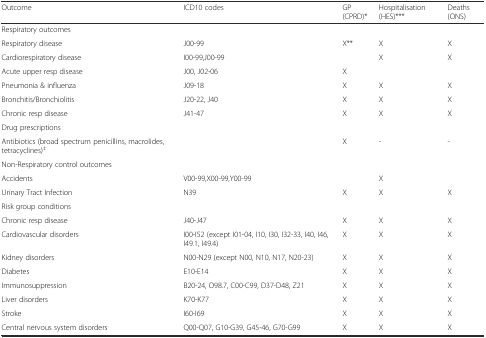
<table><thead><tr><td><b>Outcome</b></td><td><b>ICD10 codes</b></td><td><b>GP (CPRD)*</b></td><td><b>Hospitalisation (HES)***</b></td><td><b>Deaths (ONS)</b></td></tr></thead><tbody><tr><td colspan="5">Respiratory outcomes</td></tr><tr><td>Respiratory disease</td><td>J00-99</td><td>X**</td><td>X</td><td>X</td></tr><tr><td>Cardiorespiratory disease</td><td>I00-99,J00-99</td><td></td><td>X</td><td>X</td></tr><tr><td>Acute upper resp disease</td><td>J00, J02-06</td><td>X</td><td></td><td></td></tr><tr><td>Pneumonia &amp; influenza</td><td>J09-18</td><td>X</td><td>X</td><td>X</td></tr><tr><td>Bronchitis/Bronchiolitis</td><td>J20-22, J40</td><td>X</td><td>X</td><td>X</td></tr><tr><td>Chronic resp disease</td><td>J41-47</td><td>X</td><td>X</td><td>X</td></tr><tr><td colspan="5">Drug prescriptions</td></tr><tr><td>Antibiotics (broad spectrum penicillins, macrolides, tetracyclines)<sup>‡</sup></td><td></td><td>X</td><td>-</td><td>-</td></tr><tr><td colspan="5">Non-Respiratory control outcomes</td></tr><tr><td>Accidents</td><td>V00-99,X00-99,Y00-99</td><td></td><td>X</td><td></td></tr><tr><td>Urinary Tract Infection</td><td>N39</td><td>X</td><td>X</td><td>X</td></tr><tr><td colspan="5">Risk group conditions</td></tr><tr><td>Chronic resp disease</td><td>J40-J47</td><td>X</td><td>X</td><td>X</td></tr><tr><td>Cardiovascular disorders</td><td>I00-I52 (except I01-04, I10, I30, I32-33, I40, I46, I49.1, I49.4)</td><td>X</td><td>X</td><td>X</td></tr><tr><td>Kidney disorders</td><td>N00-N29 (except N00, N10, N17, N20-23)</td><td>X</td><td>X</td><td>X</td></tr><tr><td>Diabetes</td><td>E10-E14</td><td>X</td><td>X</td><td>X</td></tr><tr><td>Immunosuppression</td><td>B20-24, O98.7, C00-C99, D37-D48, Z21</td><td>X</td><td>X</td><td>X</td></tr><tr><td>Liver disorders</td><td>K70-K77</td><td>X</td><td>X</td><td>X</td></tr><tr><td>Stroke</td><td>I60-I69</td><td>X</td><td>X</td><td>X</td></tr><tr><td>Central nervous system disorders</td><td>Q00-Q07, G10-G39, G45-46, G70-G99</td><td>X</td><td>X</td><td>X</td></tr></tbody></table>